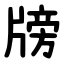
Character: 牓